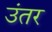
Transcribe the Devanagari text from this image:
उंतर